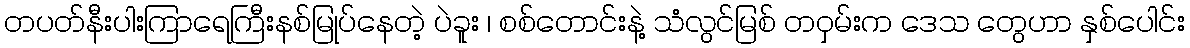
တပတ်နီးပါးကြာရေကြီးနစ်မြုပ်နေတဲ့ ပဲခူး ၊ စစ်တောင်းနဲ့ သံလွင်မြစ် တဝှမ်းက ဒေသ တွေဟာ နှစ်ပေါင်း